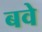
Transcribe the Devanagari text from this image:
बवे